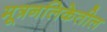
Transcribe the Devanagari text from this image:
मूत्रनलिकेतील